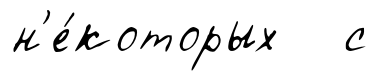
н'е́которых с